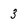
Character: 3